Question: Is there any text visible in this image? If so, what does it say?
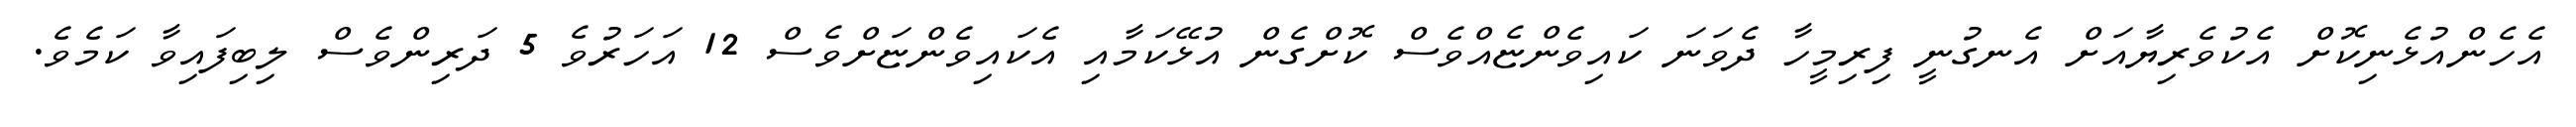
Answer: އެހެންއުޅެނިކޮށް އެކުވެރިޔާއަށް އެނގުނީ ފިރިމީހާ ދެވަނަ ކައިވެންޏެއްވެސް ކޮށްގެން އުޅޭކަމާއި އެކައިވެންޏަށްވެސް 12 އަހަރުވެ 5 ދަރިންވެސް ލިބިފައިވާ ކަމެވެ.